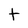
Character: t